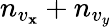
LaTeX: n_{v_{\mathbf{x}}}+n_{v_{y}}